Annual report on the working of the lock hospitals in the North-Western Provinces and Oudh
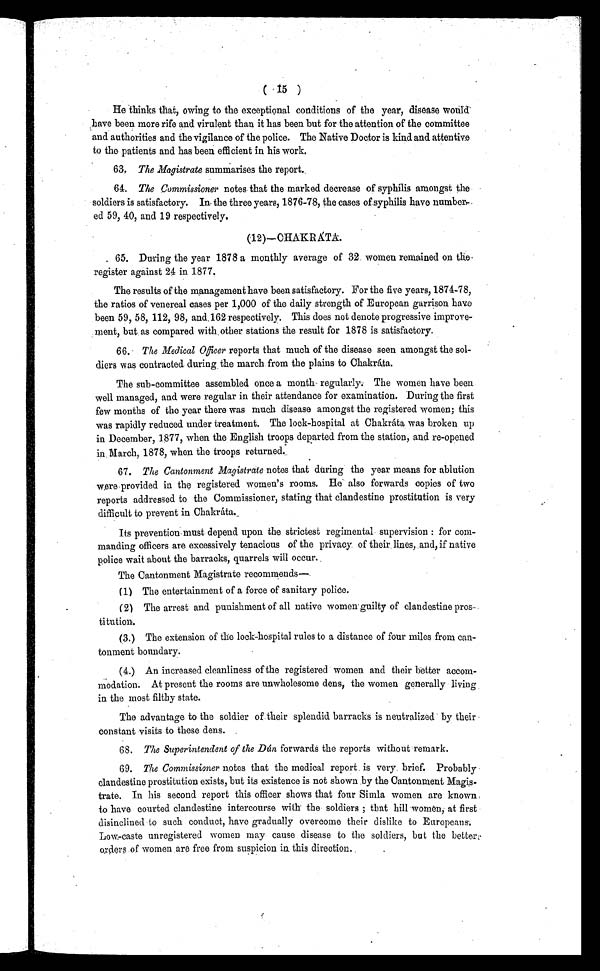
•
He thinks that, owing to the exceptional conditions of the year, disease would
have been more rife and virulent than it has been but for the attention of the committee
and authorities and the vigilance of the police. The Native Doctor is kind and attentive
to the patients and has been efficient in his work.
63. The Magistrate summarises the report.
64. The Commissioner notes that the marked decrease of syphilis amongst the
soldiers is satisfactory. In the three years, 1876-78, the cases of syphilis have number-
ed 59, 40, and 19 respectively.
(12)—CHAKRÁTA.
65. During the year 1878 a monthly average of 32 women remained on the
register against 24 in 1877.
The results of the management have been satisfactory. For the five years, 1874-78,
the ratios of venereal cases per 1,000 of the daily strength of European garrison have
been 59, 58, 112, 98, and 162 respectively. This does not denote progressive improve-
ment, but as compared with . other stations the result for 1878 is satisfactory.
66. The Medical Officer reports that much of the disease seen amongst the sol-
diers was contracted during the march from the plains to Chakráta.
The sub-committee assembled once a month regularly. The women have been
well managed, and were regular in their attendance for examination. During the first
few months of the year there was much disease amongst the registered women; this
was rapidly reduced under treatment. The lock-hospital at Chakráta was broken up
in December, 1877, when the English troops departed from the station, and re-opened
in March, 1878, when the troops returned.
67. The Cantonment Magistrate notes that during the year means for ablution
were provided in the registered women's rooms. He also forwards copies of two
reports addressed to the Commissioner, stating that clandestine prostitution is very
difficult to prevent in Chakráta.
Its prevention must depend upon the strictest regimental supervision: for com-
manding officers are excessively tenacious of the privacy of their lines, and, if native
police wait about the barracks, quarrels will occur.
The Cantonment Magistrate recommends—.
(1) The entertainment of a force of sanitary police.
(2) The arrest and punishment of all native women guilty of clandestine pros
-ti tution.
(3.) The extension of the lock-hospital rules to a distance of four miles from can-
tonment boundary.
(4.) An increased cleanliness of the registered women and their better accom-
Modation. At present the rooms are unwholesome dens, the women generally living
in the most filthy state.
The advantage to the soldier of their splendid barracks is neutralized by their -
constant visits to these dens.
68. The Superintendent of the Min forwards the reports without remark.
69. The Commissioner notes that the medical report is very brief. Probably
clandestine prostitution exists, but its existence is not shown by the Cantonment Magis-
trate. In his second report this officer shows that four Simla women are known
to have courted clandestine intercourse with the soldiers; that hill women, at first
disinclined to such conduct, have gradually overcome their dislike to Europeans.
Low-caste unregistered women may cause disease to the soldiers, but the better
orders of women are free from suspicion in. this direction.